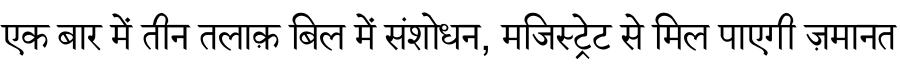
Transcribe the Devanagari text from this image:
एक बार में तीन तलाक़ बिल में संशोधन, मजिस्ट्रेट से मिल पाएगी ज़मानत